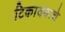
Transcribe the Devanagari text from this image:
टिकावयाचे